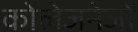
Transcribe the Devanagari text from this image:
कोलेजनेजों